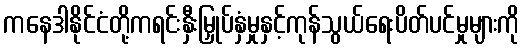
ကနေဒါနိုင်ငံတို့ကရင်းနှီးမြှုပ်နှံမှုနှင့်ကုန်သွယ်ရေးပိတ်ပင်မှုများကို